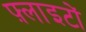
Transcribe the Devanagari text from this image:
फ़्लाइटों